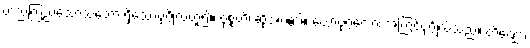
တည်ကြည်သောသဘော ရှိသောပုဂ္ဂိုလ်ဟူ၍။ ဝုစ္စတိ၊ ဆိုအပ်၏။ ယောပုဂ္ဂလော၊ အကြင်ပုဂ္ဂိုလ်သည်။ တိဏ္ဏော၊